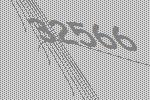
32566